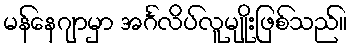
မန်နေဂျာမှာ အင်္ဂလိပ်လူမျိုးဖြစ်သည်။